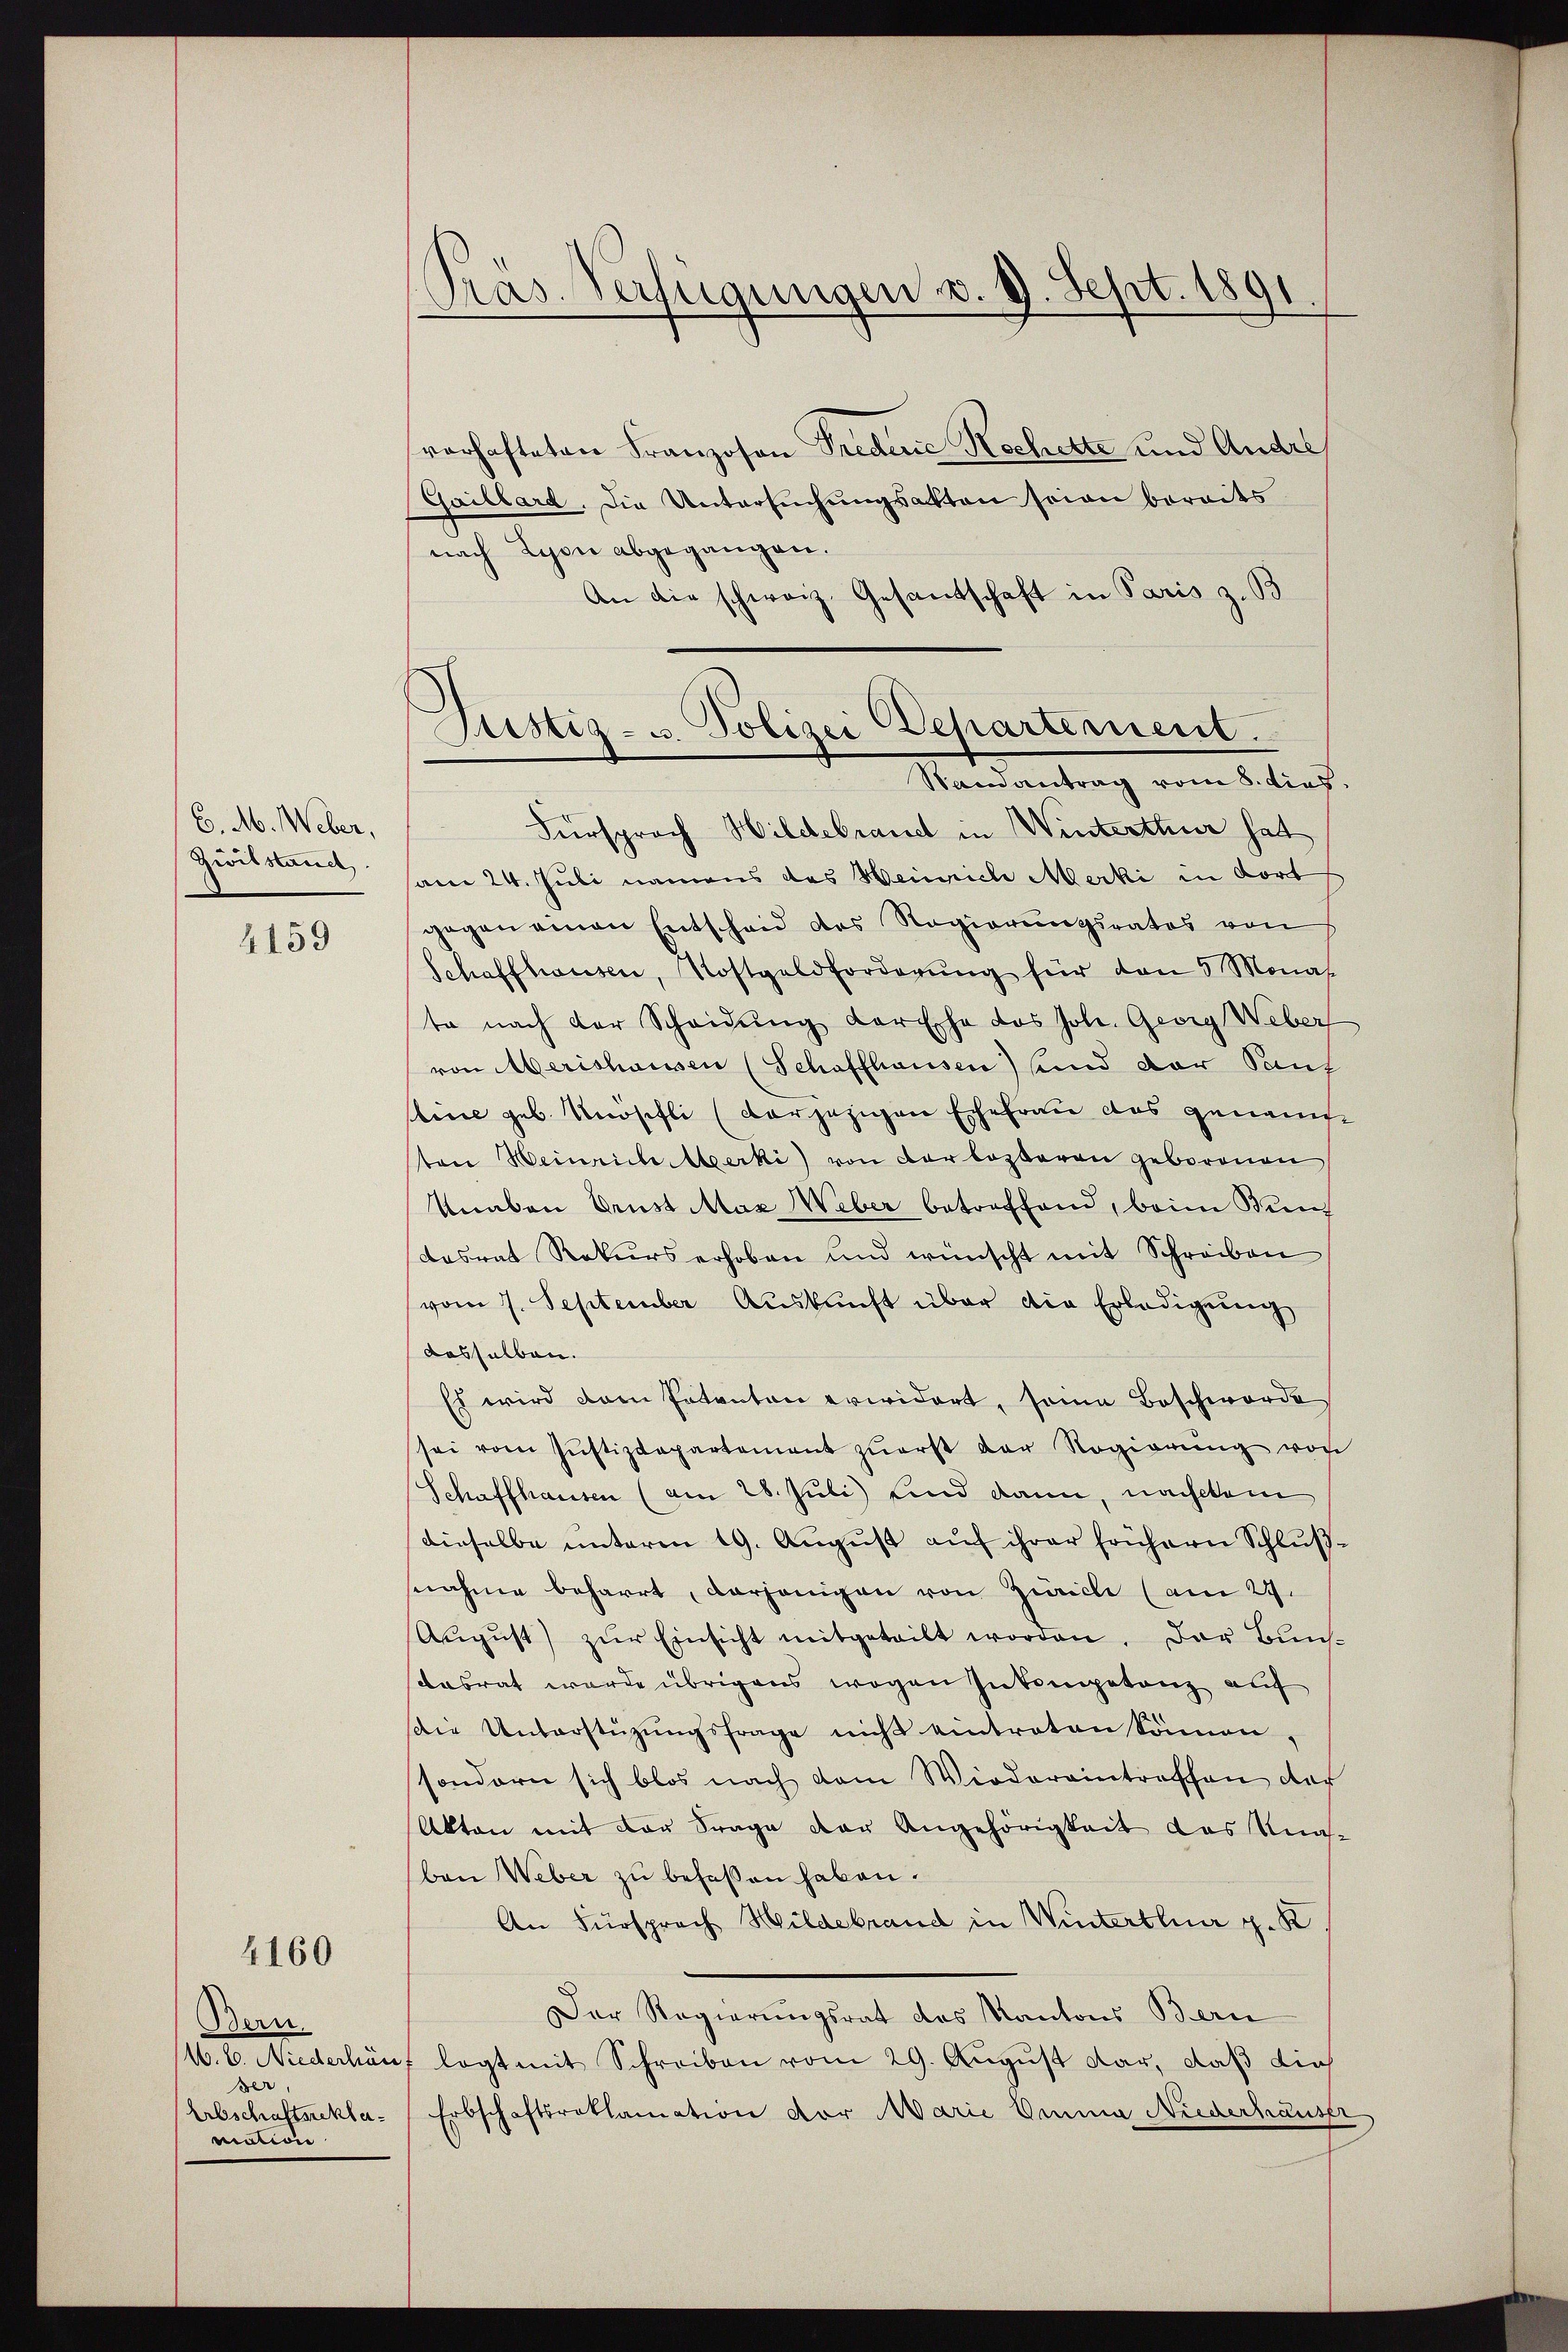
C. M. Weber,
Zivilstand

4159

4160

Bern.
er,
Abschaftsklamation

Pras. Verfügungen v. 9. Sept. 1891

vorhafteten Franzosen Frederie Kocherte und Andre
Gaillard. Die Untersuchungsakten seien beraits
nach Lyon abgegangen.
An die schweiz. Gesandschaft in Paris z. B

Justiz- u. Polizei Departernent.
Randantrag vom 8. dies

Fürsprach Hildebrand in Winterthur hat
sam 24. Juli namens das Weinrich Merki in dort
gegen einen Entscheid des Regierungsrates von
Schaffhausen, Kostgeldforderŭng für den 5 Monat
te nach der Scheidung der Ehe das Joh. Georg Weber
von Merishaussen (Schaffhausen) sind der Sauf
line geb. Unösifli (vorjezigen Ehefrau das genannten Heinrich Merki) von darbozbaren geborenen
Knaben Brust Max Weber betreffend, beim Bun
dasrat Rekurs erhoben und wünscht mit Schreiben
vom 7. September Auskunft über die Erledigung
dasselben.
Es wird dann Patenten erwidert, seine Beschwerde
sei vom Justizdepartement zuerst der Regierŭng von
Schaffhausen (am 28. Juli) sind dann, nachdem
dieselbe unterm 19. August auf ihrer frühern Schlußsnahme beharrt, derjenigen von Zürich (am 24.
Aŭgŭst) zŭr Einsicht mitgeteilt worden. Der Bunsdasrat wurde übrigens wegen Intenpetanz auf
Die Unterstützŭngsfrage nicht eintreten können,
sonderie sich blos nach dem Wiedereintreffen der
Akten mit der Frage der Angehörigkeit das Knaben Weber zu befaßen haben.
An Fürsprach Hildebrand in Winterthur z. K
Der Regierungsrat des Kantons Bern
1.6. Niederkauf legt mit Schreiben vom 29. August dar, daß dies
Erbschaftsroklamation der Marie Imma Niederhäuser